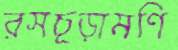
রসচূড়ামণি